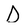
Character: D